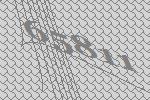
65811